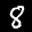
Label: 8